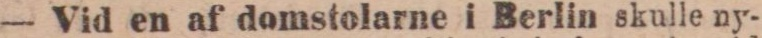
— Vid en af domstolarne i Berlin skulle ny-